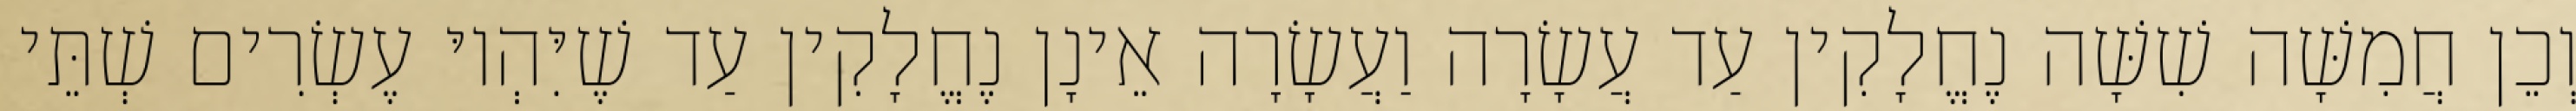
וְכֵן חֲמִשָּׁה שִׁשָּׁה נֶחֱלָקִין עַד עֲשָׂרָה וַעֲשָׂרָה אֵינָן נֶחֱלָקִין עַד שֶׁיִּהְיוּ עֶשְׂרִים שְׁתֵּי